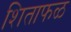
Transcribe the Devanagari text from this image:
शिताफळ